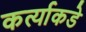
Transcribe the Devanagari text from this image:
कर्त्याकडे